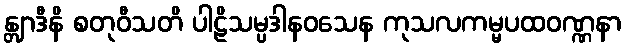
န္တျာဒီနိ စတုဝီသတိ ပါဠိသမ္ပဒါနဝသေန ကုသလကမ္မပထဝဏ္ဏနာ